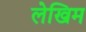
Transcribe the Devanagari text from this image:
लेखिम